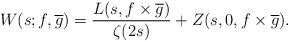
LaTeX: \begin{align*} W(s; f, \overline{g}) = \frac{L(s, f\times \overline{g})}{\zeta(2s)} + Z(s, 0, f\times \overline{g}).\end{align*}